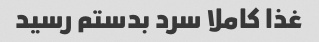
غذا کاملا سرد بدستم رسید